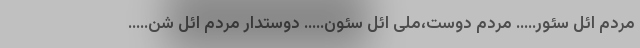
مردم ائل سئور….. مردم دوست،ملی ائل سئون….. دوستدار مردم ائل شن…..